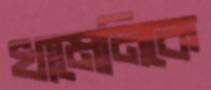
খামেনিকে